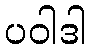
ပဝါဒါ